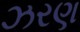
ઝરણ